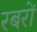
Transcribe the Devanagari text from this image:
रबरों